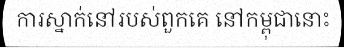
ការស្នាក់នៅរបស់ពួកគេ នៅកម្ពុជានោះ